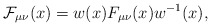
\begin{align*}{\mathcal F_{\mu\nu}}(x)=w(x)F_{\mu\nu}(x)w^{-1}(x),\end{align*}